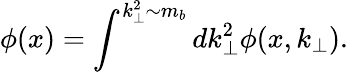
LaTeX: \phi(x)=\int^{k_{\perp}^{2}\sim m_{b}}dk_{\perp}^{2}\phi(x,k_{\perp}).